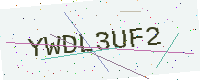
Text: YWDL3UF2